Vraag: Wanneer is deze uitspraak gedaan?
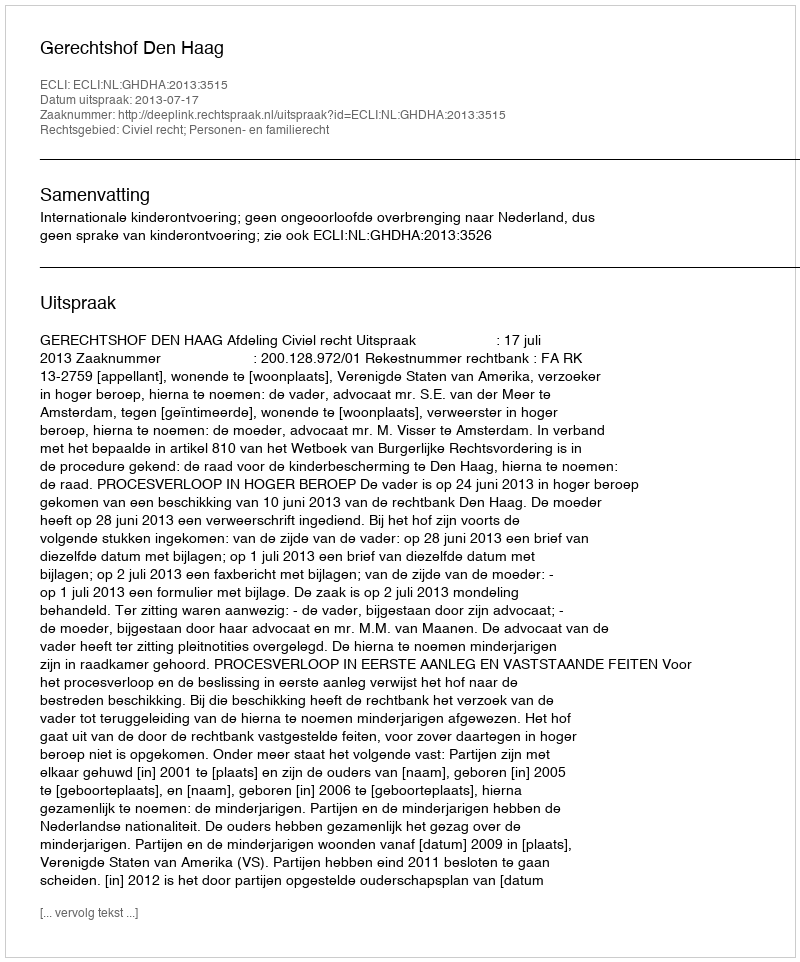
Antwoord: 2013-07-17